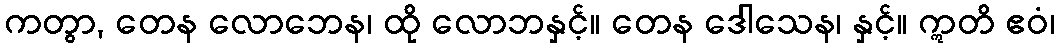
ကတွာ, တေန လောဘေန၊ ထို လောဘနှင့်။ တေန ဒေါသေန၊ နှင့်။ ဣတိ ဧဝံ၊